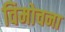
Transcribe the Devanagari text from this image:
विमोचना